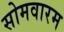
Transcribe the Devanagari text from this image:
सोमवारम